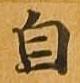
自